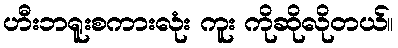
ဟီးဘရူးစကားလုံး ကူး ကိုဆိုလိုတယ်။